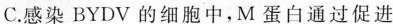
C.感染BYDV的细胞中，M蛋白通过促进